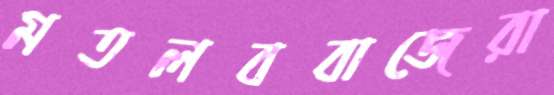
মতলববাজেরা